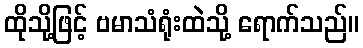
ထိုသို့ဖြင့် ဗမာသံရုံးထဲသို့ ရောက်သည်။